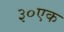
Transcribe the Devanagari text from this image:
३०एक